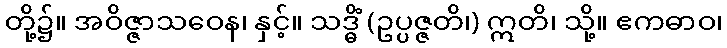
တို့၌။ အဝိဇ္ဇာသဝေန၊ နှင့်။ သဒ္ဓိံ (ဥပ္ပဇ္ဇတိ၊) ဣတိ၊ သို့။ ဧကဓာဝ၊